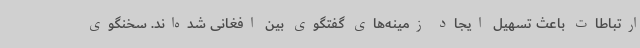
ارتباطات باعث تسهیل ایجاد زمینه‌های گفتگوی بین افغانی شده‌اند. سخنگوی